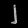
Digit: ၂